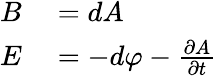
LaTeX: \begin{array}{rl}{B}&{{}=dA}\\ {E}&{{}=-d\varphi-{\frac{\partial A}{\partial t}}}\end{array}